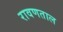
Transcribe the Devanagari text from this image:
रावणताल